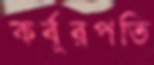
কর্বূরপতি